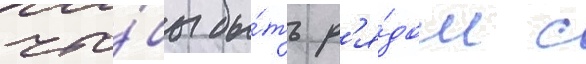
что́бы бы́ть р'я́дом с